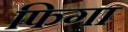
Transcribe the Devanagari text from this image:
फिगा